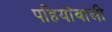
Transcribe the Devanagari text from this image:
पहियोंवाली